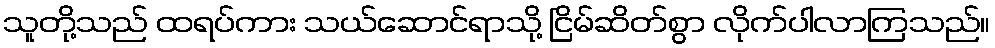
သူတို့သည် ထရပ်ကား သယ်ဆောင်ရာသို့ ငြိမ်ဆိတ်စွာ လိုက်ပါလာကြသည်။